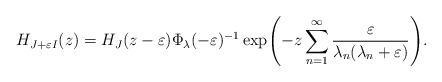
LaTeX: \begin{align*}H_{J+\varepsilon I}(z)=H_{J}(z-\varepsilon)\Phi_{\lambda}(-\varepsilon)^{-1}\exp\!\left(-z\sum_{n=1}^{\infty}\frac{\varepsilon}{\lambda_{n}(\lambda_{n}+\varepsilon)}\right)\!.\end{align*}